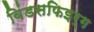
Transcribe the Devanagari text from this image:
विंडसफिइर्ग